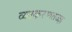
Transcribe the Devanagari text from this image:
व्याकरणतज्‍ज्ञ